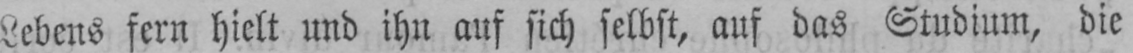
Lebens fern hielt und ihn auf sich selbst, auf das Studium, die